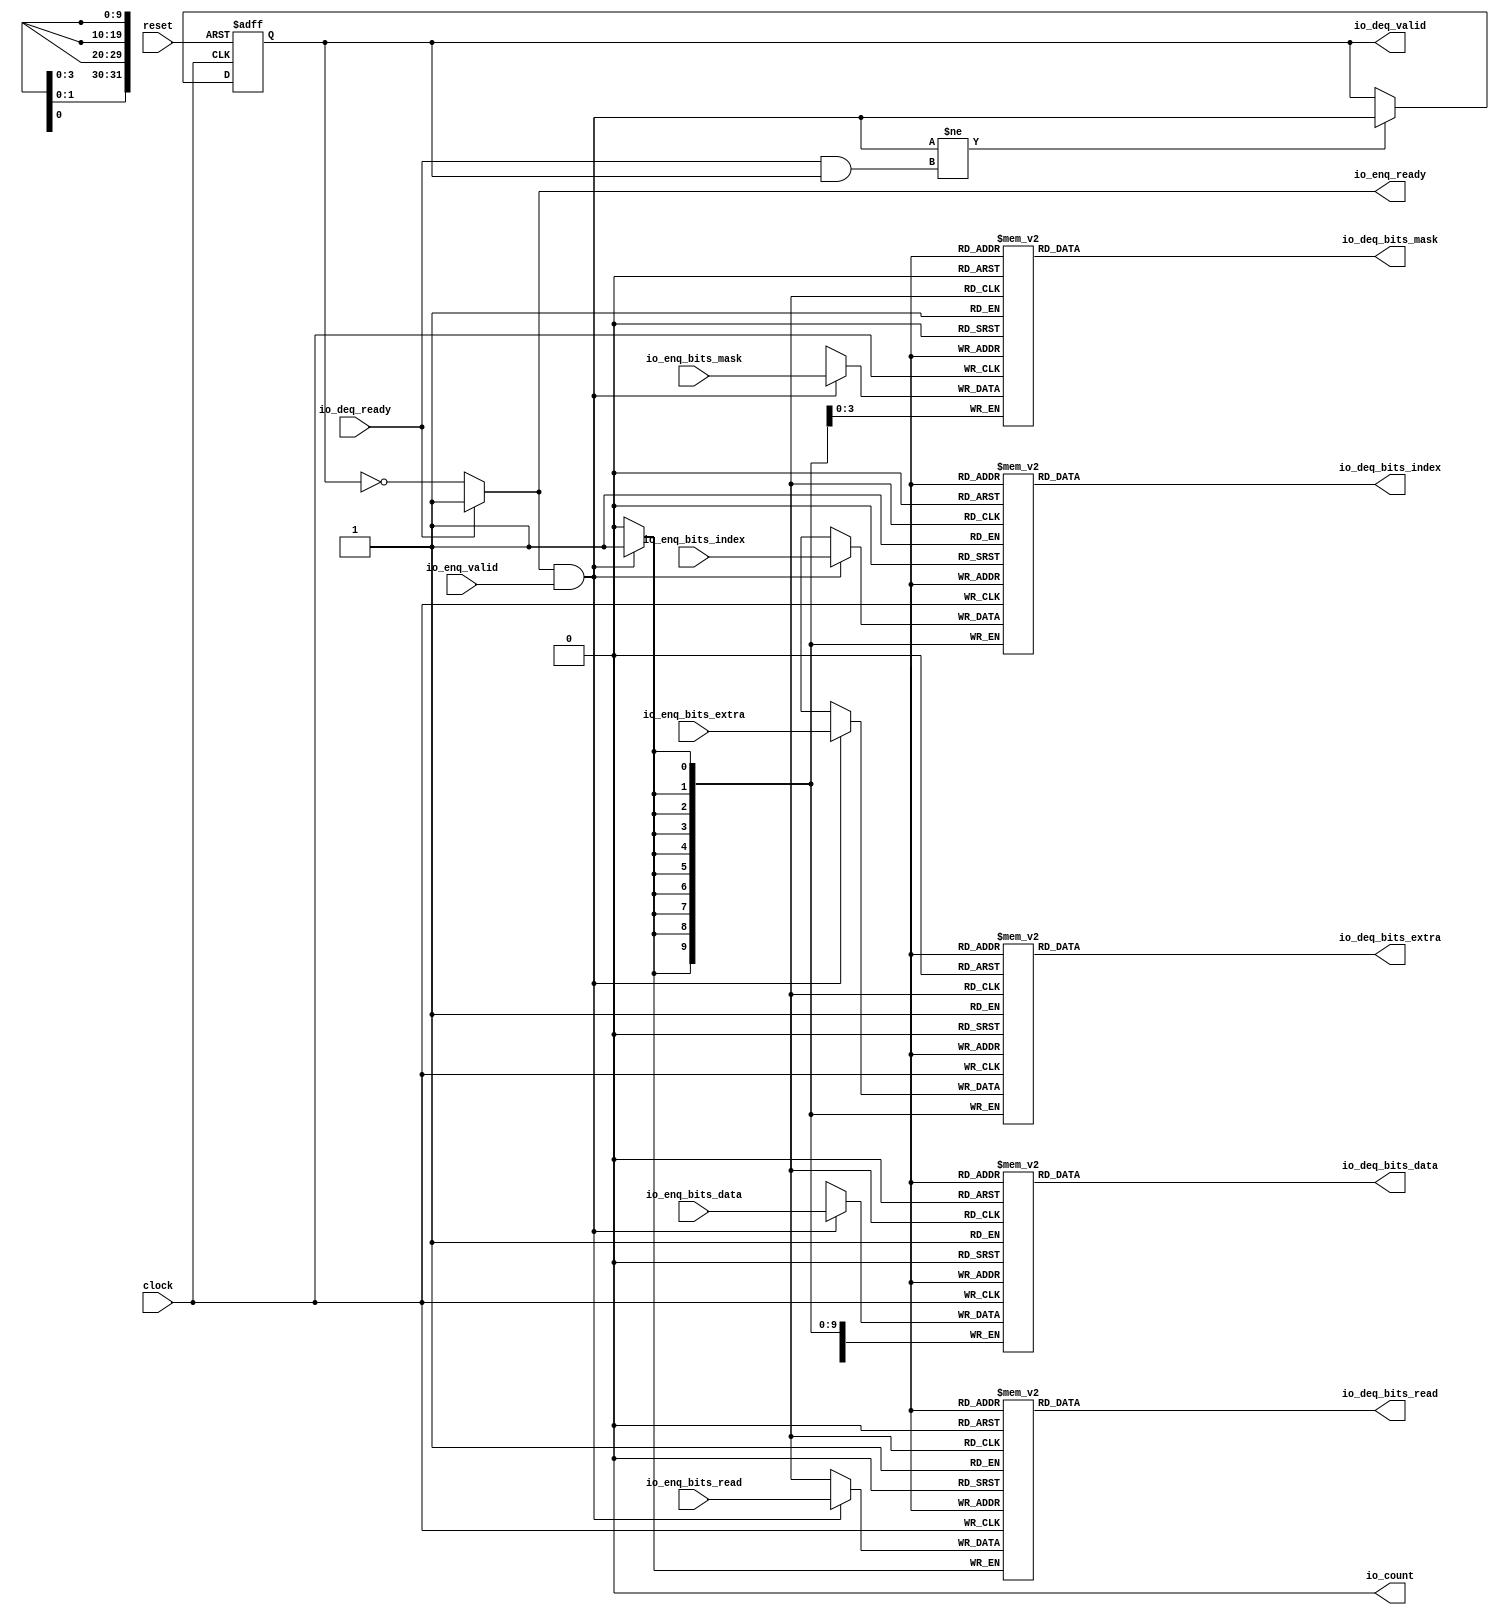
module sirv_queue(
  input   clock,
  input   reset,
  output  io_enq_ready,
  input   io_enq_valid,
  input   io_enq_bits_read,
  input  [9:0] io_enq_bits_index,
  input  [31:0] io_enq_bits_data,
  input  [3:0] io_enq_bits_mask,
  input  [9:0] io_enq_bits_extra,
  input   io_deq_ready,
  output  io_deq_valid,
  output  io_deq_bits_read,
  output [9:0] io_deq_bits_index,
  output [31:0] io_deq_bits_data,
  output [3:0] io_deq_bits_mask,
  output [9:0] io_deq_bits_extra,
  output  io_count
);
  reg  ram_read [0:0];
  reg [31:0] GEN_0;
  wire  ram_read_T_83_data;
  wire  ram_read_T_83_addr;
  wire  ram_read_T_69_data;
  wire  ram_read_T_69_addr;
  wire  ram_read_T_69_mask;
  wire  ram_read_T_69_en;
  reg [9:0] ram_index [0:0];
  reg [31:0] GEN_1;
  wire [9:0] ram_index_T_83_data;
  wire  ram_index_T_83_addr;
  wire [9:0] ram_index_T_69_data;
  wire  ram_index_T_69_addr;
  wire  ram_index_T_69_mask;
  wire  ram_index_T_69_en;
  reg [31:0] ram_data [0:0];
  reg [31:0] GEN_2;
  wire [31:0] ram_data_T_83_data;
  wire  ram_data_T_83_addr;
  wire [31:0] ram_data_T_69_data;
  wire  ram_data_T_69_addr;
  wire  ram_data_T_69_mask;
  wire  ram_data_T_69_en;
  reg [3:0] ram_mask [0:0];
  reg [31:0] GEN_3;
  wire [3:0] ram_mask_T_83_data;
  wire  ram_mask_T_83_addr;
  wire [3:0] ram_mask_T_69_data;
  wire  ram_mask_T_69_addr;
  wire  ram_mask_T_69_mask;
  wire  ram_mask_T_69_en;
  reg [9:0] ram_extra [0:0];
  reg [31:0] GEN_4;
  wire [9:0] ram_extra_T_83_data;
  wire  ram_extra_T_83_addr;
  wire [9:0] ram_extra_T_69_data;
  wire  ram_extra_T_69_addr;
  wire  ram_extra_T_69_mask;
  wire  ram_extra_T_69_en;
  reg  maybe_full;
  reg [31:0] GEN_5;
  wire  T_65;
  wire  T_66;
  wire  do_enq;
  wire  T_67;
  wire  do_deq;
  wire  T_77;
  wire  GEN_8;
  wire  T_79;
  wire  GEN_9;
  wire [1:0] T_90;
  wire  ptr_diff;
  wire [1:0] T_92;
  assign io_enq_ready = GEN_9;
  assign io_deq_valid = T_79;
  assign io_deq_bits_read = ram_read_T_83_data;
  assign io_deq_bits_index = ram_index_T_83_data;
  assign io_deq_bits_data = ram_data_T_83_data;
  assign io_deq_bits_mask = ram_mask_T_83_data;
  assign io_deq_bits_extra = ram_extra_T_83_data;
  assign io_count = T_92[0];
  assign ram_read_T_83_addr = 1'h0;
  assign ram_read_T_83_data = ram_read[ram_read_T_83_addr];
  assign ram_read_T_69_data = io_enq_bits_read;
  assign ram_read_T_69_addr = 1'h0;
  assign ram_read_T_69_mask = do_enq;
  assign ram_read_T_69_en = do_enq;
  assign ram_index_T_83_addr = 1'h0;
  assign ram_index_T_83_data = ram_index[ram_index_T_83_addr];
  assign ram_index_T_69_data = io_enq_bits_index;
  assign ram_index_T_69_addr = 1'h0;
  assign ram_index_T_69_mask = do_enq;
  assign ram_index_T_69_en = do_enq;
  assign ram_data_T_83_addr = 1'h0;
  assign ram_data_T_83_data = ram_data[ram_data_T_83_addr];
  assign ram_data_T_69_data = io_enq_bits_data;
  assign ram_data_T_69_addr = 1'h0;
  assign ram_data_T_69_mask = do_enq;
  assign ram_data_T_69_en = do_enq;
  assign ram_mask_T_83_addr = 1'h0;
  assign ram_mask_T_83_data = ram_mask[ram_mask_T_83_addr];
  assign ram_mask_T_69_data = io_enq_bits_mask;
  assign ram_mask_T_69_addr = 1'h0;
  assign ram_mask_T_69_mask = do_enq;
  assign ram_mask_T_69_en = do_enq;
  assign ram_extra_T_83_addr = 1'h0;
  assign ram_extra_T_83_data = ram_extra[ram_extra_T_83_addr];
  assign ram_extra_T_69_data = io_enq_bits_extra;
  assign ram_extra_T_69_addr = 1'h0;
  assign ram_extra_T_69_mask = do_enq;
  assign ram_extra_T_69_en = do_enq;
  assign T_65 = maybe_full == 1'h0;
  assign T_66 = io_enq_ready & io_enq_valid;
  assign do_enq = T_66;
  assign T_67 = io_deq_ready & io_deq_valid;
  assign do_deq = T_67;
  assign T_77 = do_enq != do_deq;
  assign GEN_8 = T_77 ? do_enq : maybe_full;
  assign T_79 = T_65 == 1'h0;
  assign GEN_9 = io_deq_ready ? 1'h1 : T_65;
  assign T_90 = 1'h0 - 1'h0;
  assign ptr_diff = T_90[0:0];
  assign T_92 = {maybe_full,ptr_diff};

  always @(posedge clock) begin// The ram block does not need reset
    if(ram_read_T_69_en & ram_read_T_69_mask) begin
      ram_read[ram_read_T_69_addr] <= ram_read_T_69_data;
    end
    if(ram_index_T_69_en & ram_index_T_69_mask) begin
      ram_index[ram_index_T_69_addr] <= ram_index_T_69_data;
    end
    if(ram_data_T_69_en & ram_data_T_69_mask) begin
      ram_data[ram_data_T_69_addr] <= ram_data_T_69_data;
    end
    if(ram_mask_T_69_en & ram_mask_T_69_mask) begin
      ram_mask[ram_mask_T_69_addr] <= ram_mask_T_69_data;
    end
    if(ram_extra_T_69_en & ram_extra_T_69_mask) begin
      ram_extra[ram_extra_T_69_addr] <= ram_extra_T_69_data;
    end
  end

  always @(posedge clock or posedge reset) begin
    if (reset) begin
      maybe_full <= 1'h0;
    end else begin
      if (T_77) begin
        maybe_full <= do_enq;
      end
    end
  end
endmodule